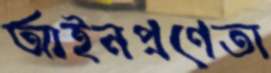
আইনপ্রণেতা